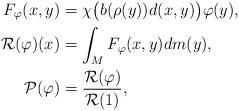
LaTeX: \begin{align*}F_{\varphi}(x,y) & =\chi\bigl(b(\rho(y))d(x,y)\bigr)\varphi(y),\\{\mathcal{R}}(\varphi)(x) & =\int_{M}F_{\varphi}(x,y) dm(y),\ \\{\mathcal{P}}(\varphi) & =\frac{{\mathcal{R}}(\varphi)}{{\mathcal{R}}(1)},\end{align*}